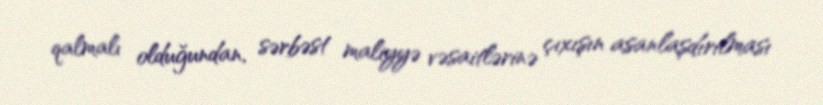
qalmalı olduğundan, sərbəst maliyyə vəsaitlərinə çıxışın asanlaşdırılması